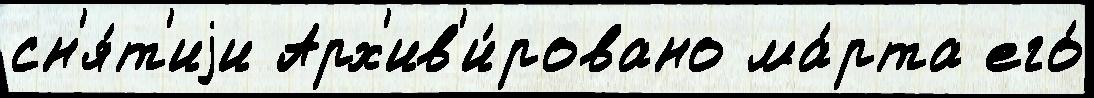
сн'я́т'иjи Арх'ив'и́ровано ма́рта его́